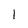
Character: 1